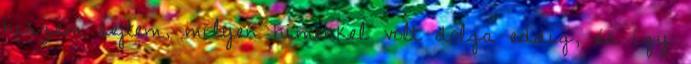
hiszem sejtem, milyen hímekkel volt dolga eddig, és így